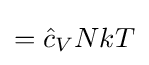
={\hat {c}}_{V}NkT